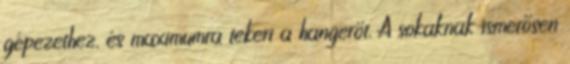
gépezethez, és maximumra tekeri a hangerőt. A sokaknak ismerősen